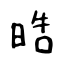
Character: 晧